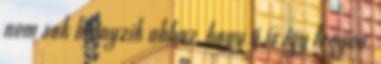
nem sok hiányzik ahhoz, hogy ő is így tegyen.